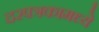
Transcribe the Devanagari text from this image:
दरपत्रकामध्ये